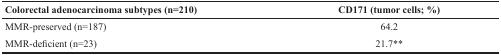
| Colorectal adenocarcinoma subtypes (n=210) | CD171 (tumor cells; %) |
 | --- | --- |
 | MMR-preserved (n=187) | 64.2 |
 | MMR-deficient (n=23) | 21.7** |